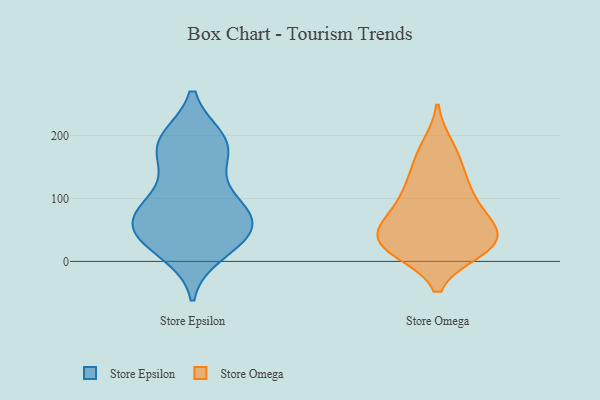
{"axis": {"x": "Market Share (%)", "y": "Value"}, "legend": ["Store Epsilon", "Store Omega"], "data": [{"x": "", "y": 67, "type": "Store Epsilon"}, {"x": "", "y": 153, "type": "Store Epsilon"}, {"x": "", "y": 82, "type": "Store Epsilon"}, {"x": "", "y": 55, "type": "Store Epsilon"}, {"x": "", "y": 193, "type": "Store Epsilon"}, {"x": "", "y": 30, "type": "Store Epsilon"}, {"x": "", "y": 46, "type": "Store Epsilon"}, {"x": "", "y": 96, "type": "Store Epsilon"}, {"x": "", "y": 44, "type": "Store Epsilon"}, {"x": "", "y": 14, "type": "Store Epsilon"}, {"x": "", "y": 68, "type": "Store Epsilon"}, {"x": "", "y": 74, "type": "Store Epsilon"}, {"x": "", "y": 25, "type": "Store Epsilon"}, {"x": "", "y": 188, "type": "Store Epsilon"}, {"x": "", "y": 164, "type": "Store Epsilon"}, {"x": "", "y": 100, "type": "Store Epsilon"}, {"x": "", "y": 191, "type": "Store Epsilon"}, {"x": "", "y": 194, "type": "Store Epsilon"}, {"x": "", "y": 182, "type": "Store Omega"}, {"x": "", "y": 48, "type": "Store Omega"}, {"x": "", "y": 77, "type": "Store Omega"}, {"x": "", "y": 168, "type": "Store Omega"}, {"x": "", "y": 102, "type": "Store Omega"}, {"x": "", "y": 127, "type": "Store Omega"}, {"x": "", "y": 23, "type": "Store Omega"}, {"x": "", "y": 25, "type": "Store Omega"}, {"x": "", "y": 60, "type": "Store Omega"}, {"x": "", "y": 78, "type": "Store Omega"}, {"x": "", "y": 37, "type": "Store Omega"}, {"x": "", "y": 128, "type": "Store Omega"}, {"x": "", "y": 23, "type": "Store Omega"}, {"x": "", "y": 19, "type": "Store Omega"}, {"x": "", "y": 33, "type": "Store Omega"}]}